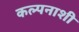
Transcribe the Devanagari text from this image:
कल्पनाशी